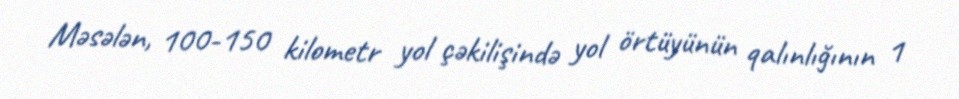
Məsələn, 100-150 kilometr yol çəkilişində yol örtüyünün qalınlığının 1